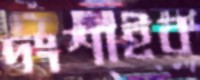
দংশাইব